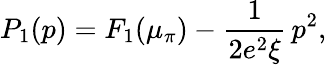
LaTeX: P_{1}(p)=F_{1}(\mu_{\pi})-\frac{1}{2e^{2}\xi}\, p^{2},